342_HS1-416511228_319.1 Flying Discs 1949
Agency: Department of War
Incident date: 1/9/50
Page 17
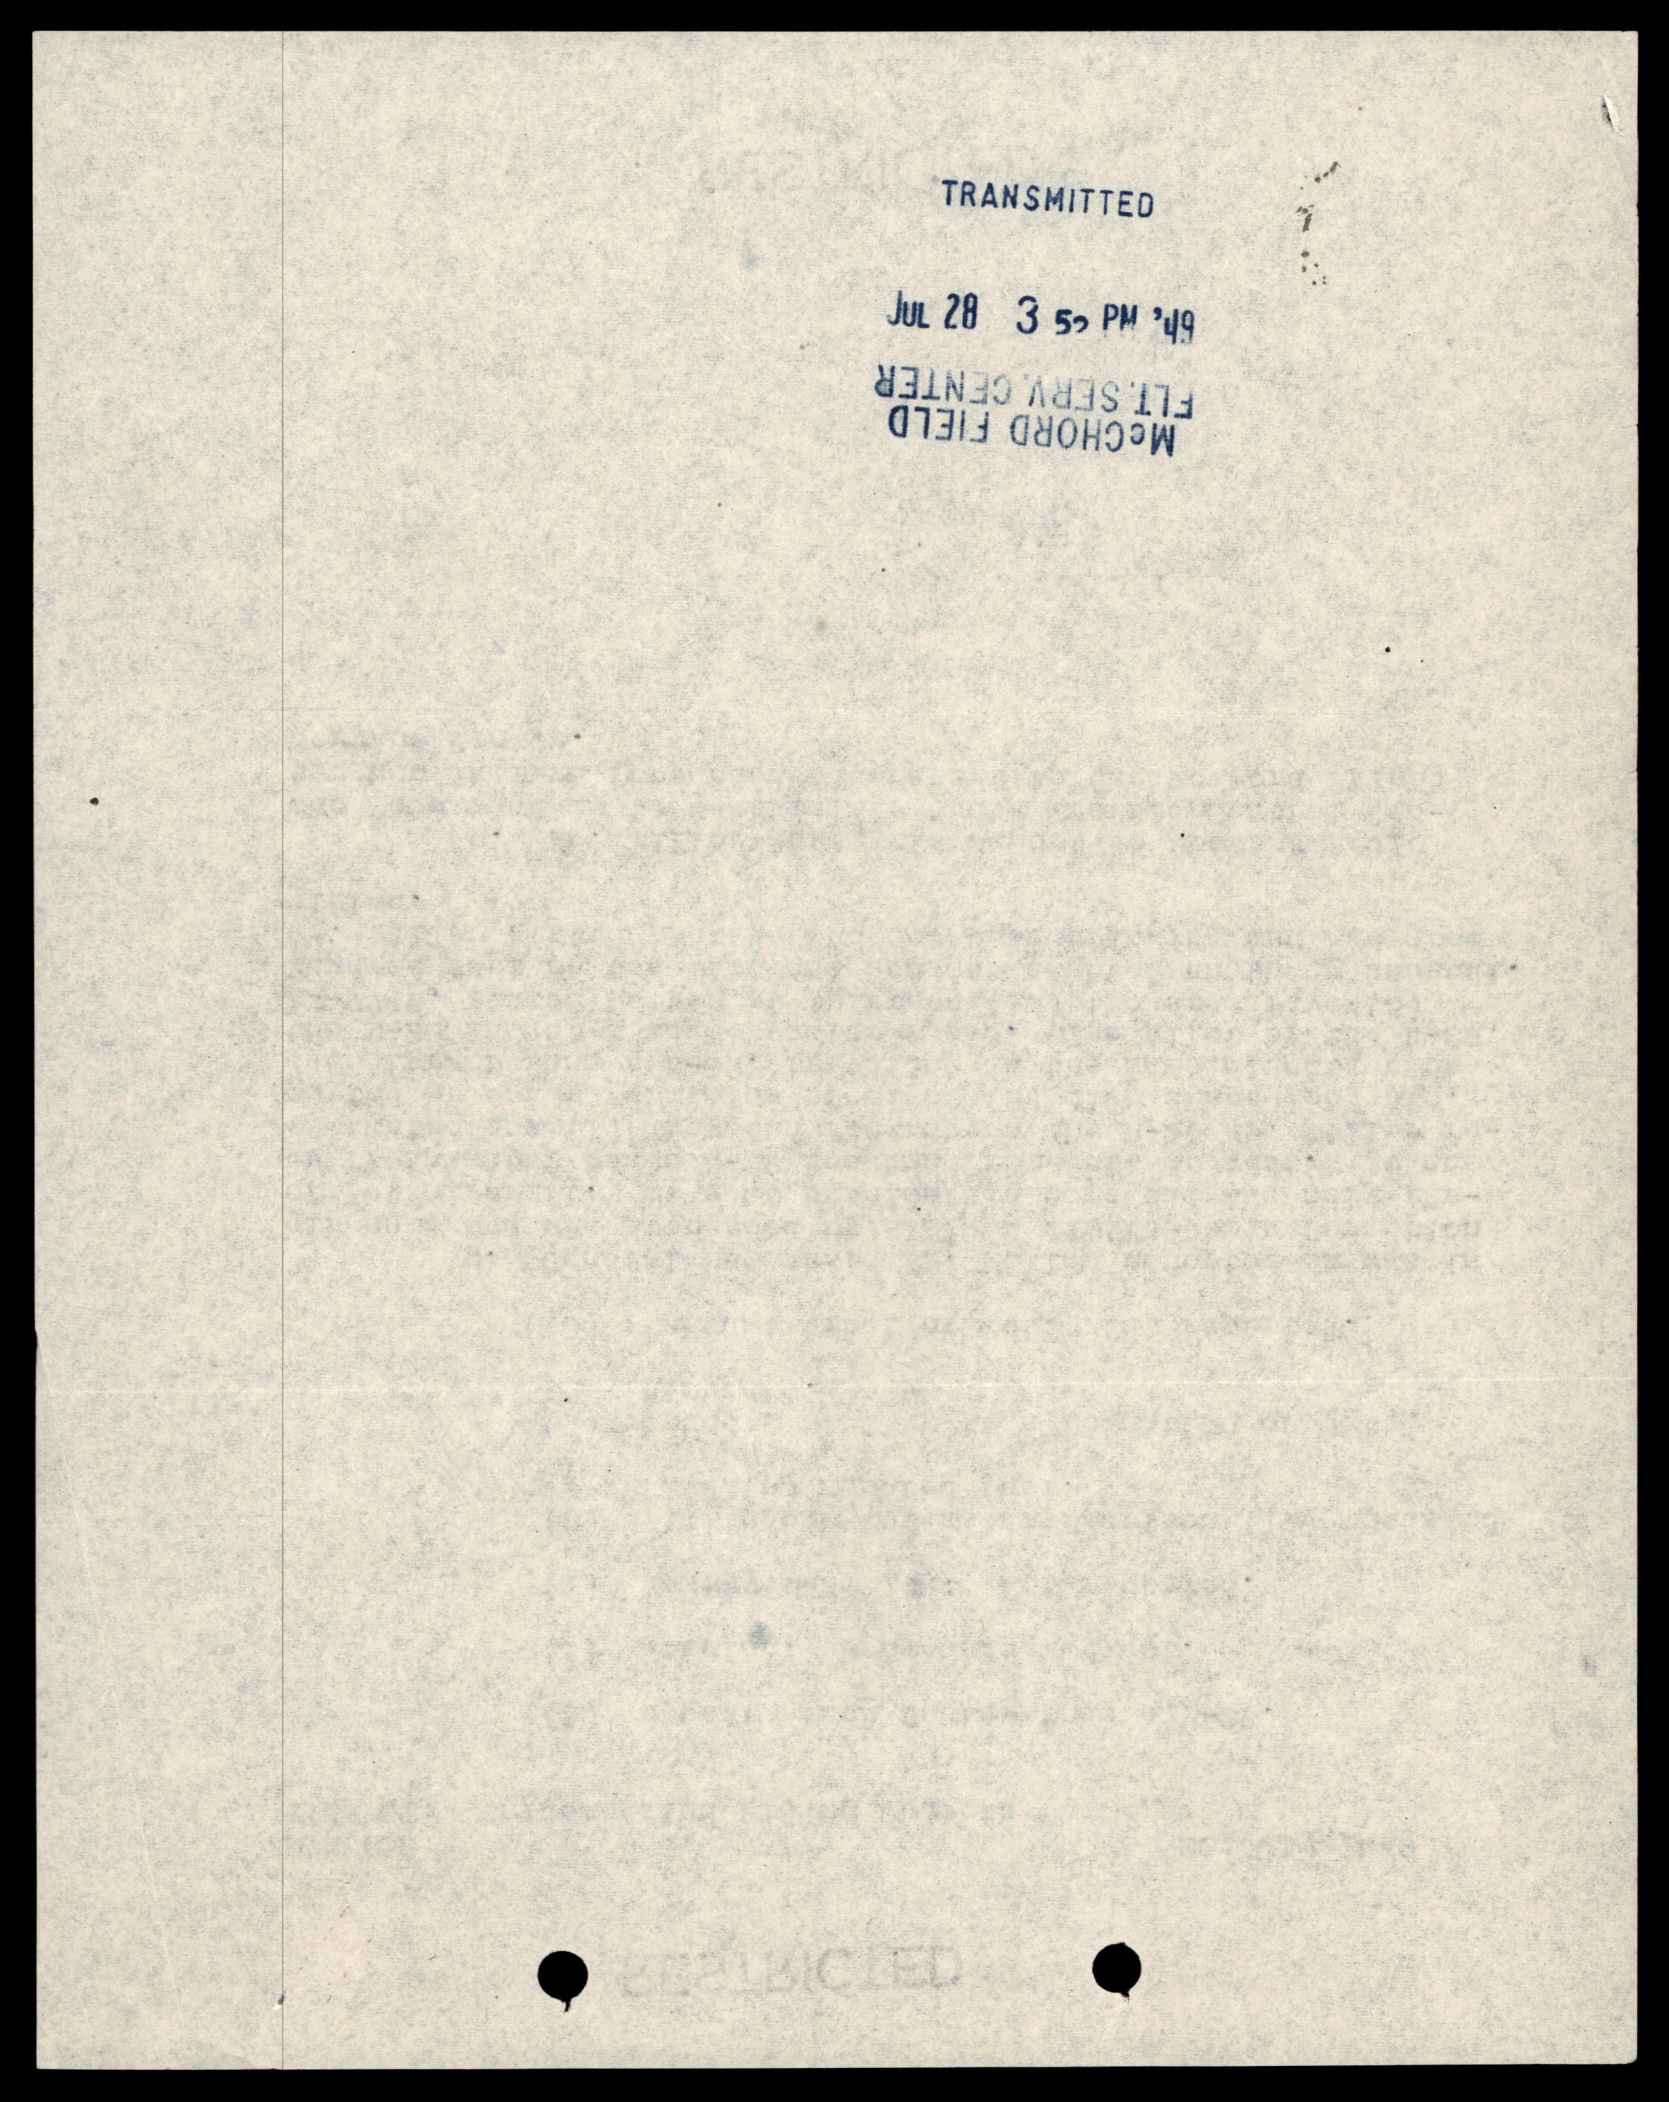